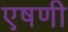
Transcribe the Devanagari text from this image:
एषणी